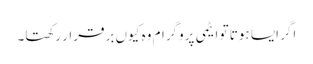
اگر ایسا ہوتا تو ایٹمی پروگرام وہ کیوں برقرار رکھتا۔